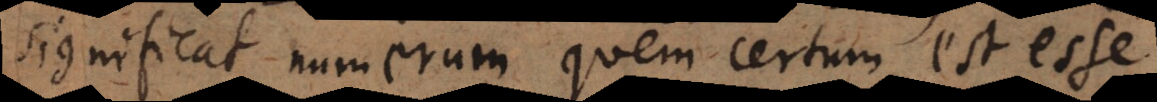
significat numerum quem certum est esse